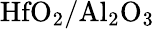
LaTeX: \mathrm{HfO_{2}/Al_{2}O_{3}}